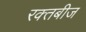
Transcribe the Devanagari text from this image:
रक्‍तबीज